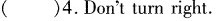
( )4.Don't turn right.